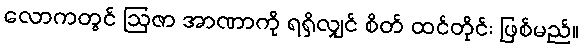
လောကတွင် ဩဇာ အာဏာကို ရရှိလျှင် စိတ် ထင်တိုင်း ဖြစ်မည်။